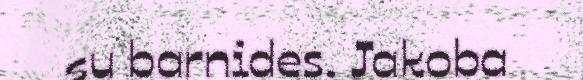
su barnides. Jakoba